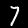
Label: 7